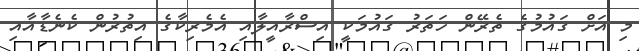
މި އަށް ގައުމުގެ ތެރޭން ހަތަރު ގައުމަކީ އިސްރާއީލާއި އެމެރިކާގެ އިތުރުން ކެނެޑާއާއި